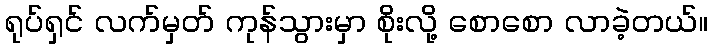
ရုပ်ရှင် လက်မှတ် ကုန်သွားမှာ စိုးလို့ စောစော လာခဲ့တယ်။